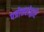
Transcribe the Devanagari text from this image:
पत्रोत्तरांद्वारे